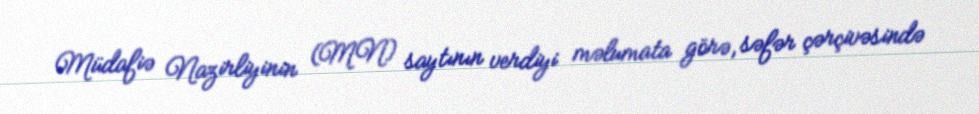
Müdafiə Nazirliyinin (MN) saytının verdiyi məlumata görə, səfər çərçivəsində